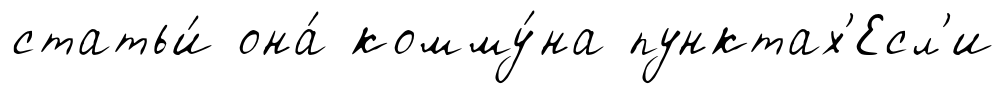
статьи́ она́ комму́на пунктах'Есл'и